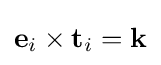
{\textstyle \mathbf {e} _{i}\times \mathbf {t} _{i}=\mathbf {k} }